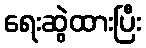
ရေးဆွဲထားပြီး